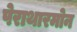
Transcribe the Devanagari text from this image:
पेराथारमोन